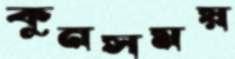
কুনসময়